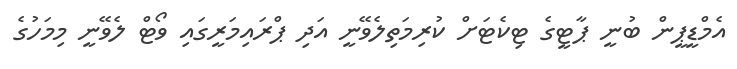
އެމްޑީޕީން ބުނީ ޕާޓީގެ ޓިކެޓަށް ކުރިމަތިލެވޭނީ އަދި ޕްރައިމަރީގައި ވޯޓް ލެވޭނީ މިމަހުގެ